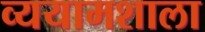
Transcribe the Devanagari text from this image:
व्ययामशाला